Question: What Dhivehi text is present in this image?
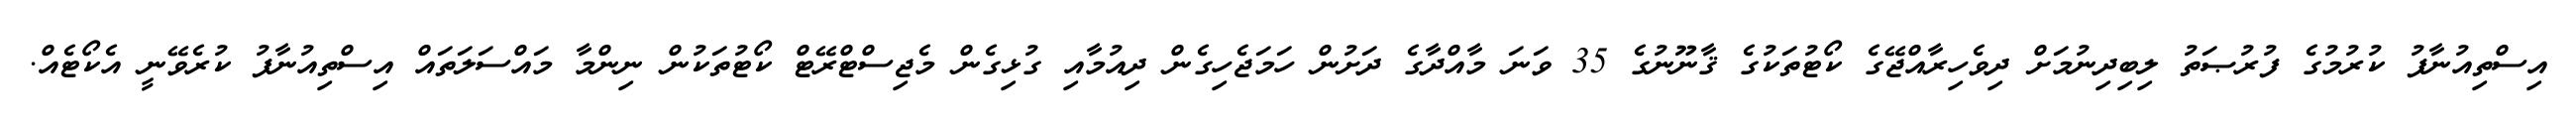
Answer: އިސްތިއުނާފު ކުރުމުގެ ފުރުޞަތު ލިބިދިނުމަށް ދިވެހިރާއްޖޭގެ ކޯޓުތަކުގެ ޤާނޫނުގެ 35 ވަނަ މާއްދާގެ ދަށުން ހަމަޖެހިގެން ދިއުމާއި ގުޅިގެން މެޖިސްޓްރޭޓް ކޯޓުތަކުން ނިންމާ މައްސަލަތައް އިސްތިއުނާފު ކުރެވޭނީ އެކޯޓެއް.